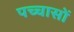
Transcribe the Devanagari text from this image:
पच्चासों